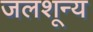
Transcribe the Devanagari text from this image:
जलशून्य